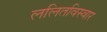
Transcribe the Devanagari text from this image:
ललितविस्वार